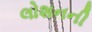
લોશનની